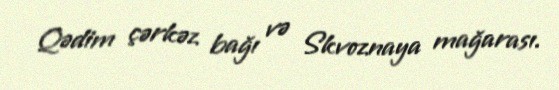
Qədim çərkəz bağı və Skvoznaya mağarası.